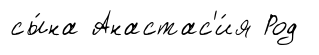
сы́на Анастас'и́я Род